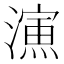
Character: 𣿶